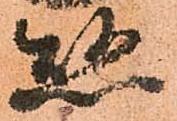
懸